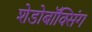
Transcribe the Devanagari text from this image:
शेडोबॉक्सिंग